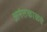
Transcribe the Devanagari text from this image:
अनंतकाळचे